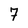
Character: 7